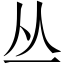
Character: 丛